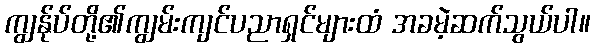
ကျွန်ုပ်တို့၏ကျွမ်းကျင်ပညာရှင်များထံ အခမဲ့ဆက်သွယ်ပါ။